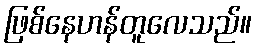
ဖြစ်နေဟန်တူလေသည်။